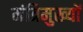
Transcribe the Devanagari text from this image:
मंत्रिमुख्यों